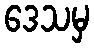
ဒေသမှ